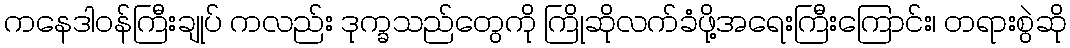
ကနေဒါဝန်ကြီးချုပ် ကလည်း ဒုက္ခသည်တွေကို ကြိုဆိုလက်ခံဖို့အရေးကြီးကြောင်း၊ တရားစွဲဆို